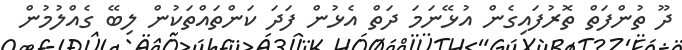
ދޫ ތުންފަތް ތޮރުފައިގެން އުޅޭނަމަ ދަތް އެޅުން ފަދަ ކަންތައްތަކުން ލިބޭ ގެއްލުމުން